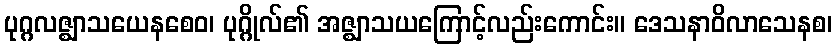
ပုဂ္ဂလဇ္ဈာသယေနစေဝ၊ ပုဂ္ဂိုလ်၏ အဇ္ဈာသယကြောင့်လည်းကောင်း။ ဒေသနာဝိလာသေနစ၊